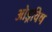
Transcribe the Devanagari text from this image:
ओड्रविष